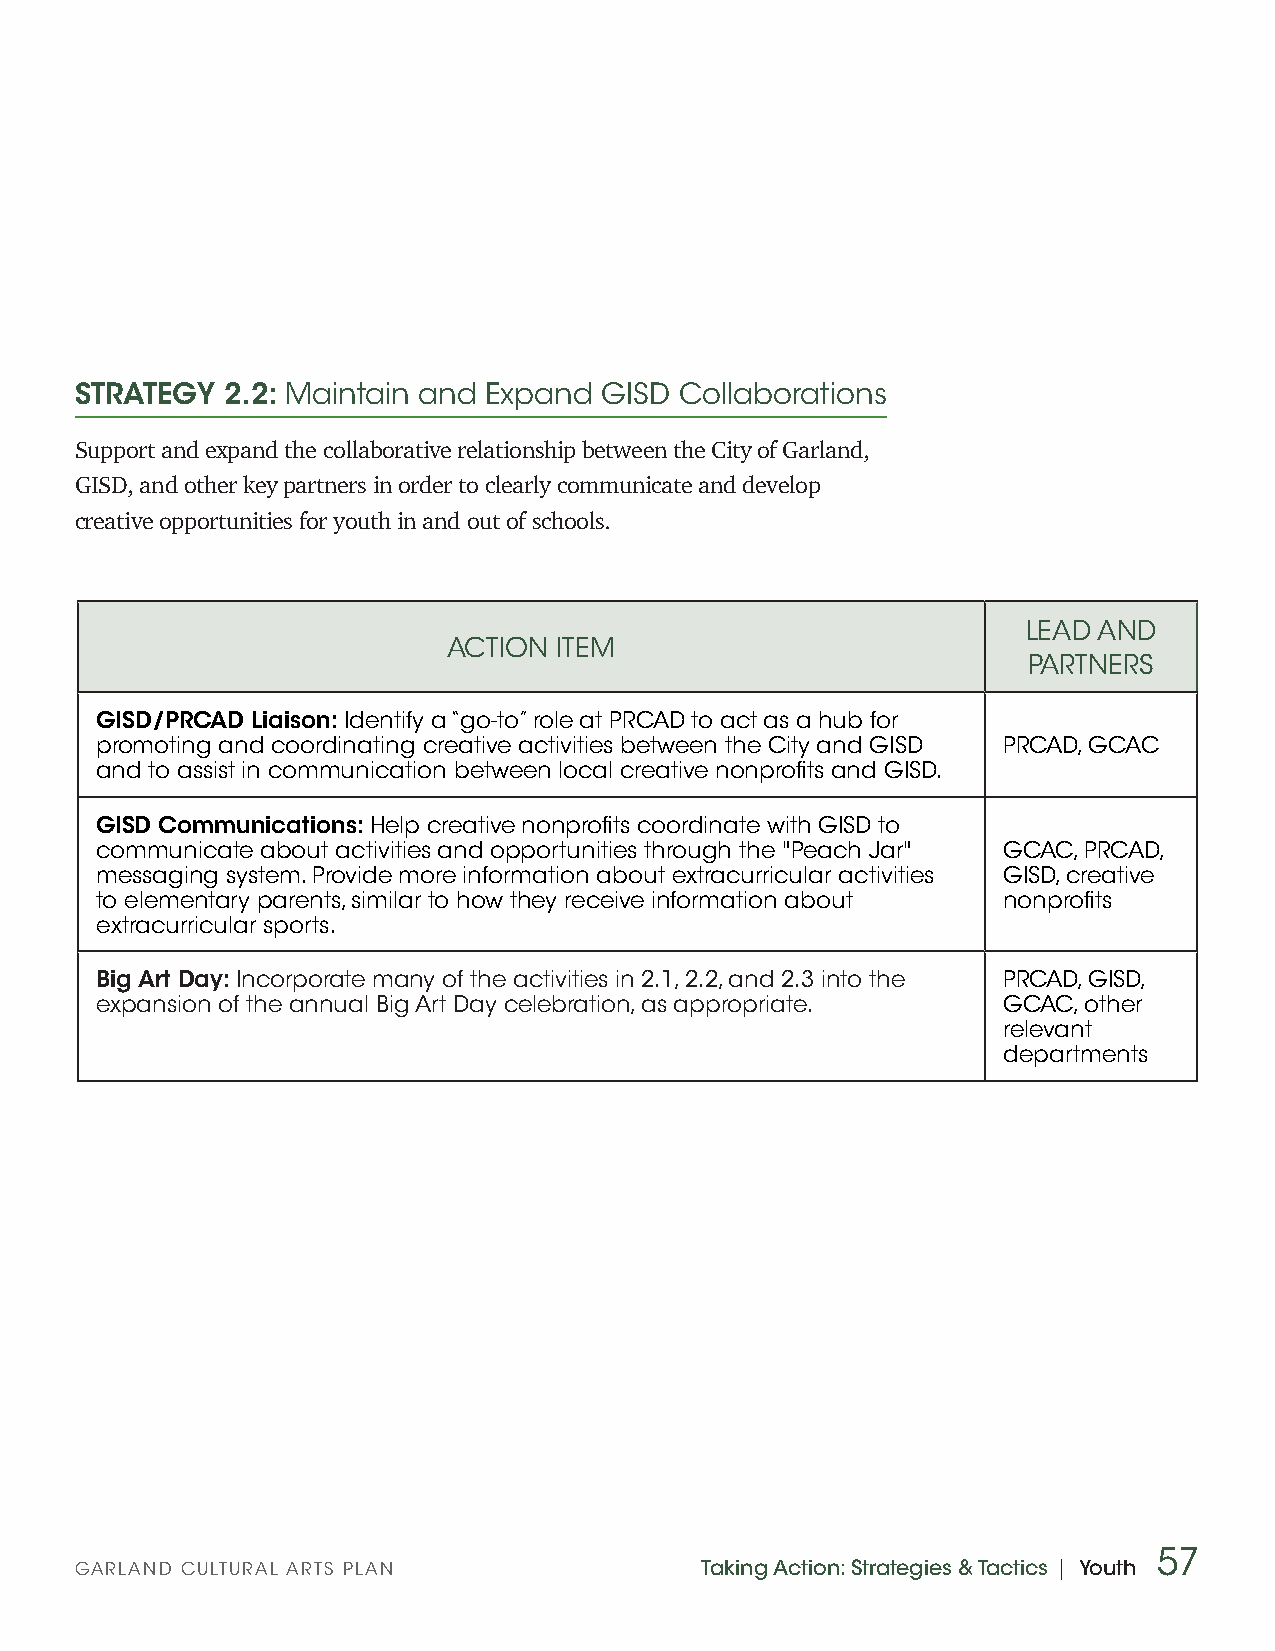
STRATEGY  2.2: Maintain and Expand GISD Collaborations
 Support and expand the collaborative relationship between the City of Garland,
 GISD, and other key partners in order to clearly communicate and develop
 creative opportunities for youth in and out of schools.
 LEAD AND
 ACTION ITEM
 PARTNERS
 GISD/PRCAD Liaison: Identify a “go-to” role at PRCAD to act as a hub for
 promoting and coordinating creative activities between the City and GISD PRCAD, GCAC
 and to assist in communication between local creative nonprofits and GISD.
 GISD Communications: Help creative nonprofits coordinate with GISD to
 communicate about activities and opportunities through the "Peach Jar" GCAC, PRCAD,
 messaging system. Provide more information about extracurricular activities GISD, creative
 to elementary parents, similar to how they receive information about nonprofits
 extracurricular sports.
 Big Art Day: Incorporate many of the activities in 2.1, 2.2, and 2.3 into the PRCAD, GISD,
 expansion of the annual Big Art Day celebration, as appropriate. GCAC, other
 relevant
 departments
 57
 GARLAND CULTURAL ARTS PLAN               Taking Action: Strategies & Tactics | Youth